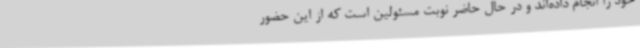
خود را انجام داده‌اند و در حال حاضر نوبت مسئولین است که از این حضور